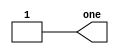
// Exercise 1-1: Getting Started
module one_out (output one);
    assign one = 1'b1;
endmodule